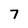
Character: 7